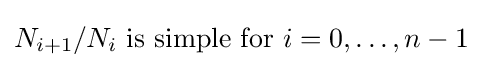
N_{i+1}/N_{i}{\text{ is simple for }}i=0,\dots ,n-1